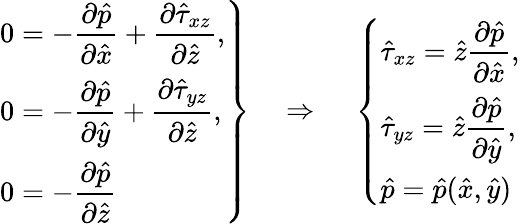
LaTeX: \left.\begin{array}{l}{0=-\displaystyle\frac{\partial\hat{p}}{\partial\hat{x}}+\frac{\partial\hat{\tau}_{xz}}{\partial\hat{z}},}\\ {0=-\displaystyle\frac{\partial\hat{p}}{\partial\hat{y}}+\frac{\partial\hat{\tau}_{yz}}{\partial\hat{z}},}\\ {0=-\displaystyle\frac{\partial\hat{p}}{\partial\hat{z}}}\end{array}\right\} ~~~~\Rightarrow~~~~\left\{ \begin{array}{l}{\hat{\tau}_{xz}=\hat{z}\displaystyle\frac{\partial\hat{p}}{\partial\hat{x}},}\\ {\hat{\tau}_{yz}=\hat{z}\displaystyle\frac{\partial\hat{p}}{\partial\hat{y}},}\\ {\hat{p}=\hat{p}(\hat{x},\hat{y})}\end{array}\right.